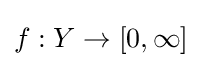
f:Y\to [0,\infty ]